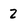
Character: 2